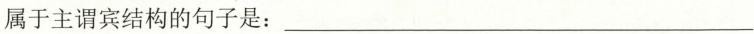
属于主谓宾结构的句子是:___